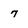
Character: 7